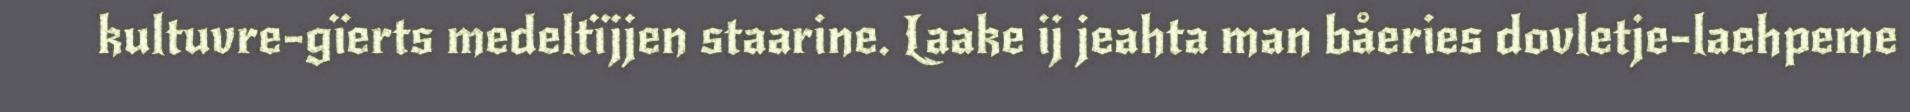
kultuvre-gïerts medeltïjjen staarine. Laake ij jeahta man båeries dovletje-laehpeme